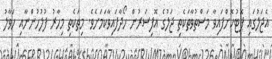
އެޖަލުގައި ޕޮޓުކޮށްފައިވާ މަސްތުވާތަކެތި ޖަލުގެ އޮފިސަރުން ހޯދާފައިވާކަމަށެވެ. މިތަކެތި މިހާރު ފުލުހުންނާއި ހަވާލު